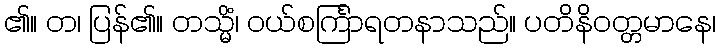
၏။ တ၊ ပြန်၏။ တသ္မိံ၊ ဝယ်စင်္ကြာရတနာသည်။ ပတိနိဝတ္တမာနေ၊